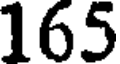
165